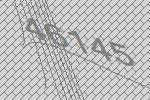
46145